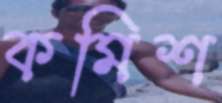
কমিশ